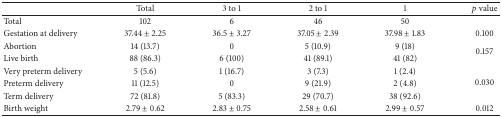
<table><thead><tr><td><b> </b></td><td><b>Total</b></td><td><b>3 to 1</b></td><td><b>2 to 1</b></td><td><b>1</b></td><td><b><i>p</i> value</b></td></tr></thead><tbody><tr><td>Total</td><td>102</td><td>6</td><td>46</td><td>50</td><td> </td></tr><tr><td>Gestation at delivery</td><td>37.44 ± 2.25</td><td>36.5 ± 3.27</td><td>37.05 ± 2.39</td><td>37.98 ± 1.83</td><td>0.100</td></tr><tr><td>Abortion</td><td>14 (13.7)</td><td>0</td><td>5 (10.9)</td><td>9 (18)</td><td rowspan="2">0.157</td></tr><tr><td>Live birth</td><td>88 (86.3)</td><td>6 (100)</td><td>41 (89.1)</td><td>41 (82)</td></tr><tr><td>Very preterm delivery</td><td>5 (5.6)</td><td>1 (16.7)</td><td>3 (7.3)</td><td>1 (2.4)</td><td rowspan="3">0.030</td></tr><tr><td>Preterm delivery</td><td>11 (12.5)</td><td>0</td><td>9 (21.9)</td><td>2 (4.8)</td></tr><tr><td>Term delivery</td><td>72 (81.8)</td><td>5 (83.3)</td><td>29 (70.7)</td><td>38 (92.6)</td></tr><tr><td>Birth weight</td><td>2.79 ± 0.62</td><td>2.83 ± 0.75</td><td>2.58 ± 0.61</td><td>2.99 ± 0.57</td><td>0.012</td></tr></tbody></table>